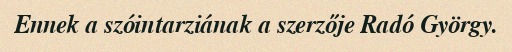
Ennek a szóintarziának a szerzője Radó György.